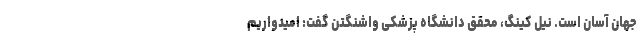
جهان آسان است. نیل کینگ، محقق دانشگاه پزشکی واشنگتن گفت: امیدواریم